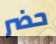
حضر